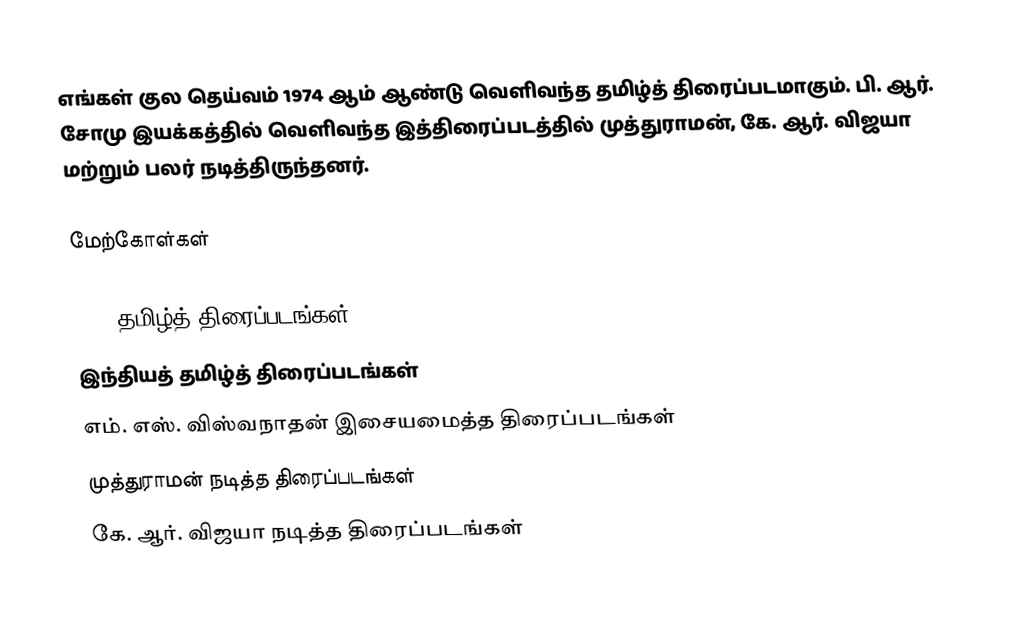
எங்கள் குல தெய்வம் 1974 ஆம் ஆண்டு வெளிவந்த தமிழ்த் திரைப்படமாகும். பி. ஆர். சோமு இயக்கத்தில் வெளிவந்த இத்திரைப்படத்தில் முத்துராமன், கே. ஆர். விஜயா மற்றும் பலர் நடித்திருந்தனர்.

மேற்கோள்கள்

1974 தமிழ்த் திரைப்படங்கள்
இந்தியத் தமிழ்த் திரைப்படங்கள்
எம். எஸ். விஸ்வநாதன் இசையமைத்த திரைப்படங்கள்
முத்துராமன் நடித்த திரைப்படங்கள்
கே. ஆர். விஜயா நடித்த திரைப்படங்கள்